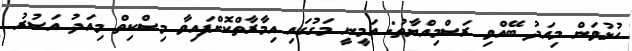
ހުޅުވަން މިއަދު ބޭއްވި ރަސްމިއްޔާތު: އަމީނީ މަގުގައި އިމާރާތްކޮށްފައިވާ މިސްކިތް މިއަދު އަސުރު